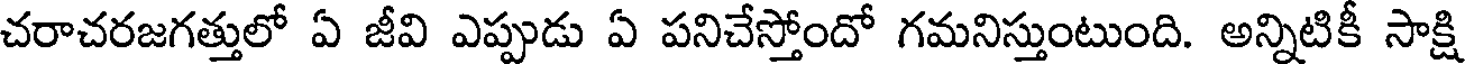
చరాచరజగత్తులో ఏ జీవి ఎప్పుడు ఏ పనిచేస్తోందో గమనిస్తుంటుంది. అన్నిటికీ సాక్షి